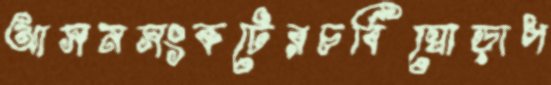
আসনসংকটেরচর্বিঘোড়াপ